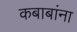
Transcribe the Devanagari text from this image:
कबाबांना